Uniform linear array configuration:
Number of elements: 64
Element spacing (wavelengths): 0.75
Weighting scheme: cosine
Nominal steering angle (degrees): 45
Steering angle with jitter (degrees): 45.199
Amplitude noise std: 0.05
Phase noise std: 0.05

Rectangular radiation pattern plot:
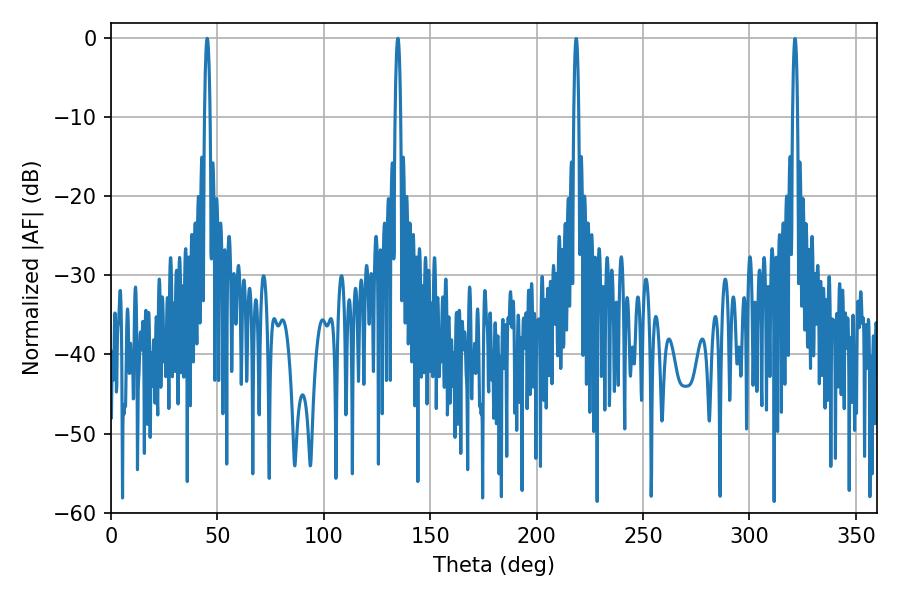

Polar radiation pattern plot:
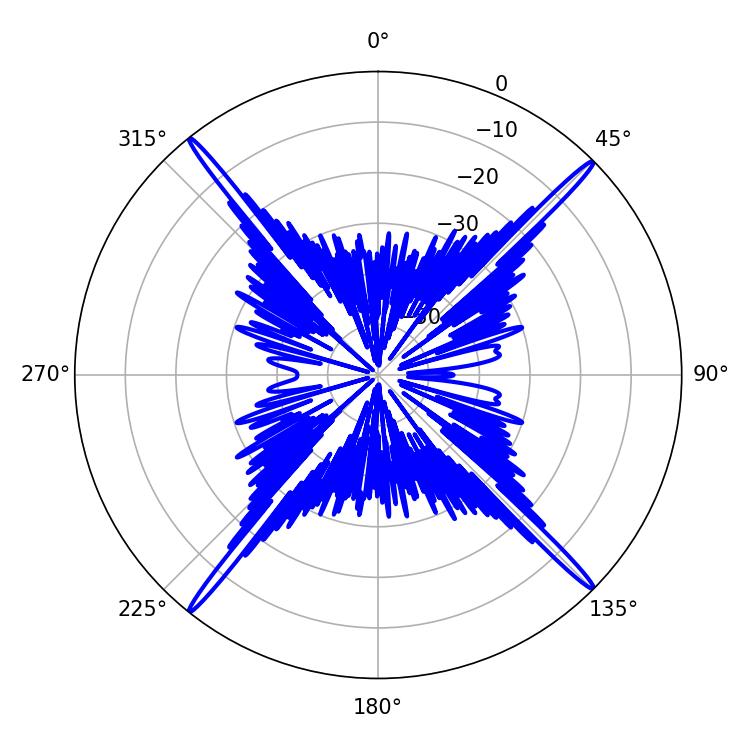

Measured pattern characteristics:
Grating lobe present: TRUE
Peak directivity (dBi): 23.611
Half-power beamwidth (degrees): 1.44
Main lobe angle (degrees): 45.18